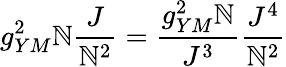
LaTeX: g_{YM}^{2}\mathbb{N}\frac{{J}}{{\mathbb{N}^{2}}}=\frac{{g_{YM}^{2}\mathbb{N}}}{{J^{3}}}\frac{{J^{4}}}{{\mathbb{N}^{2}}}